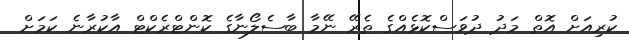
ކުރިއަށް އޮތް މަދު ދުވަސްކޮޅެއްގެ ތެރޭ ނޭމާ ބާސެލޯނާގެ ކޮންޓްރެކްޓް އާކުރާނެ ކަމަށް